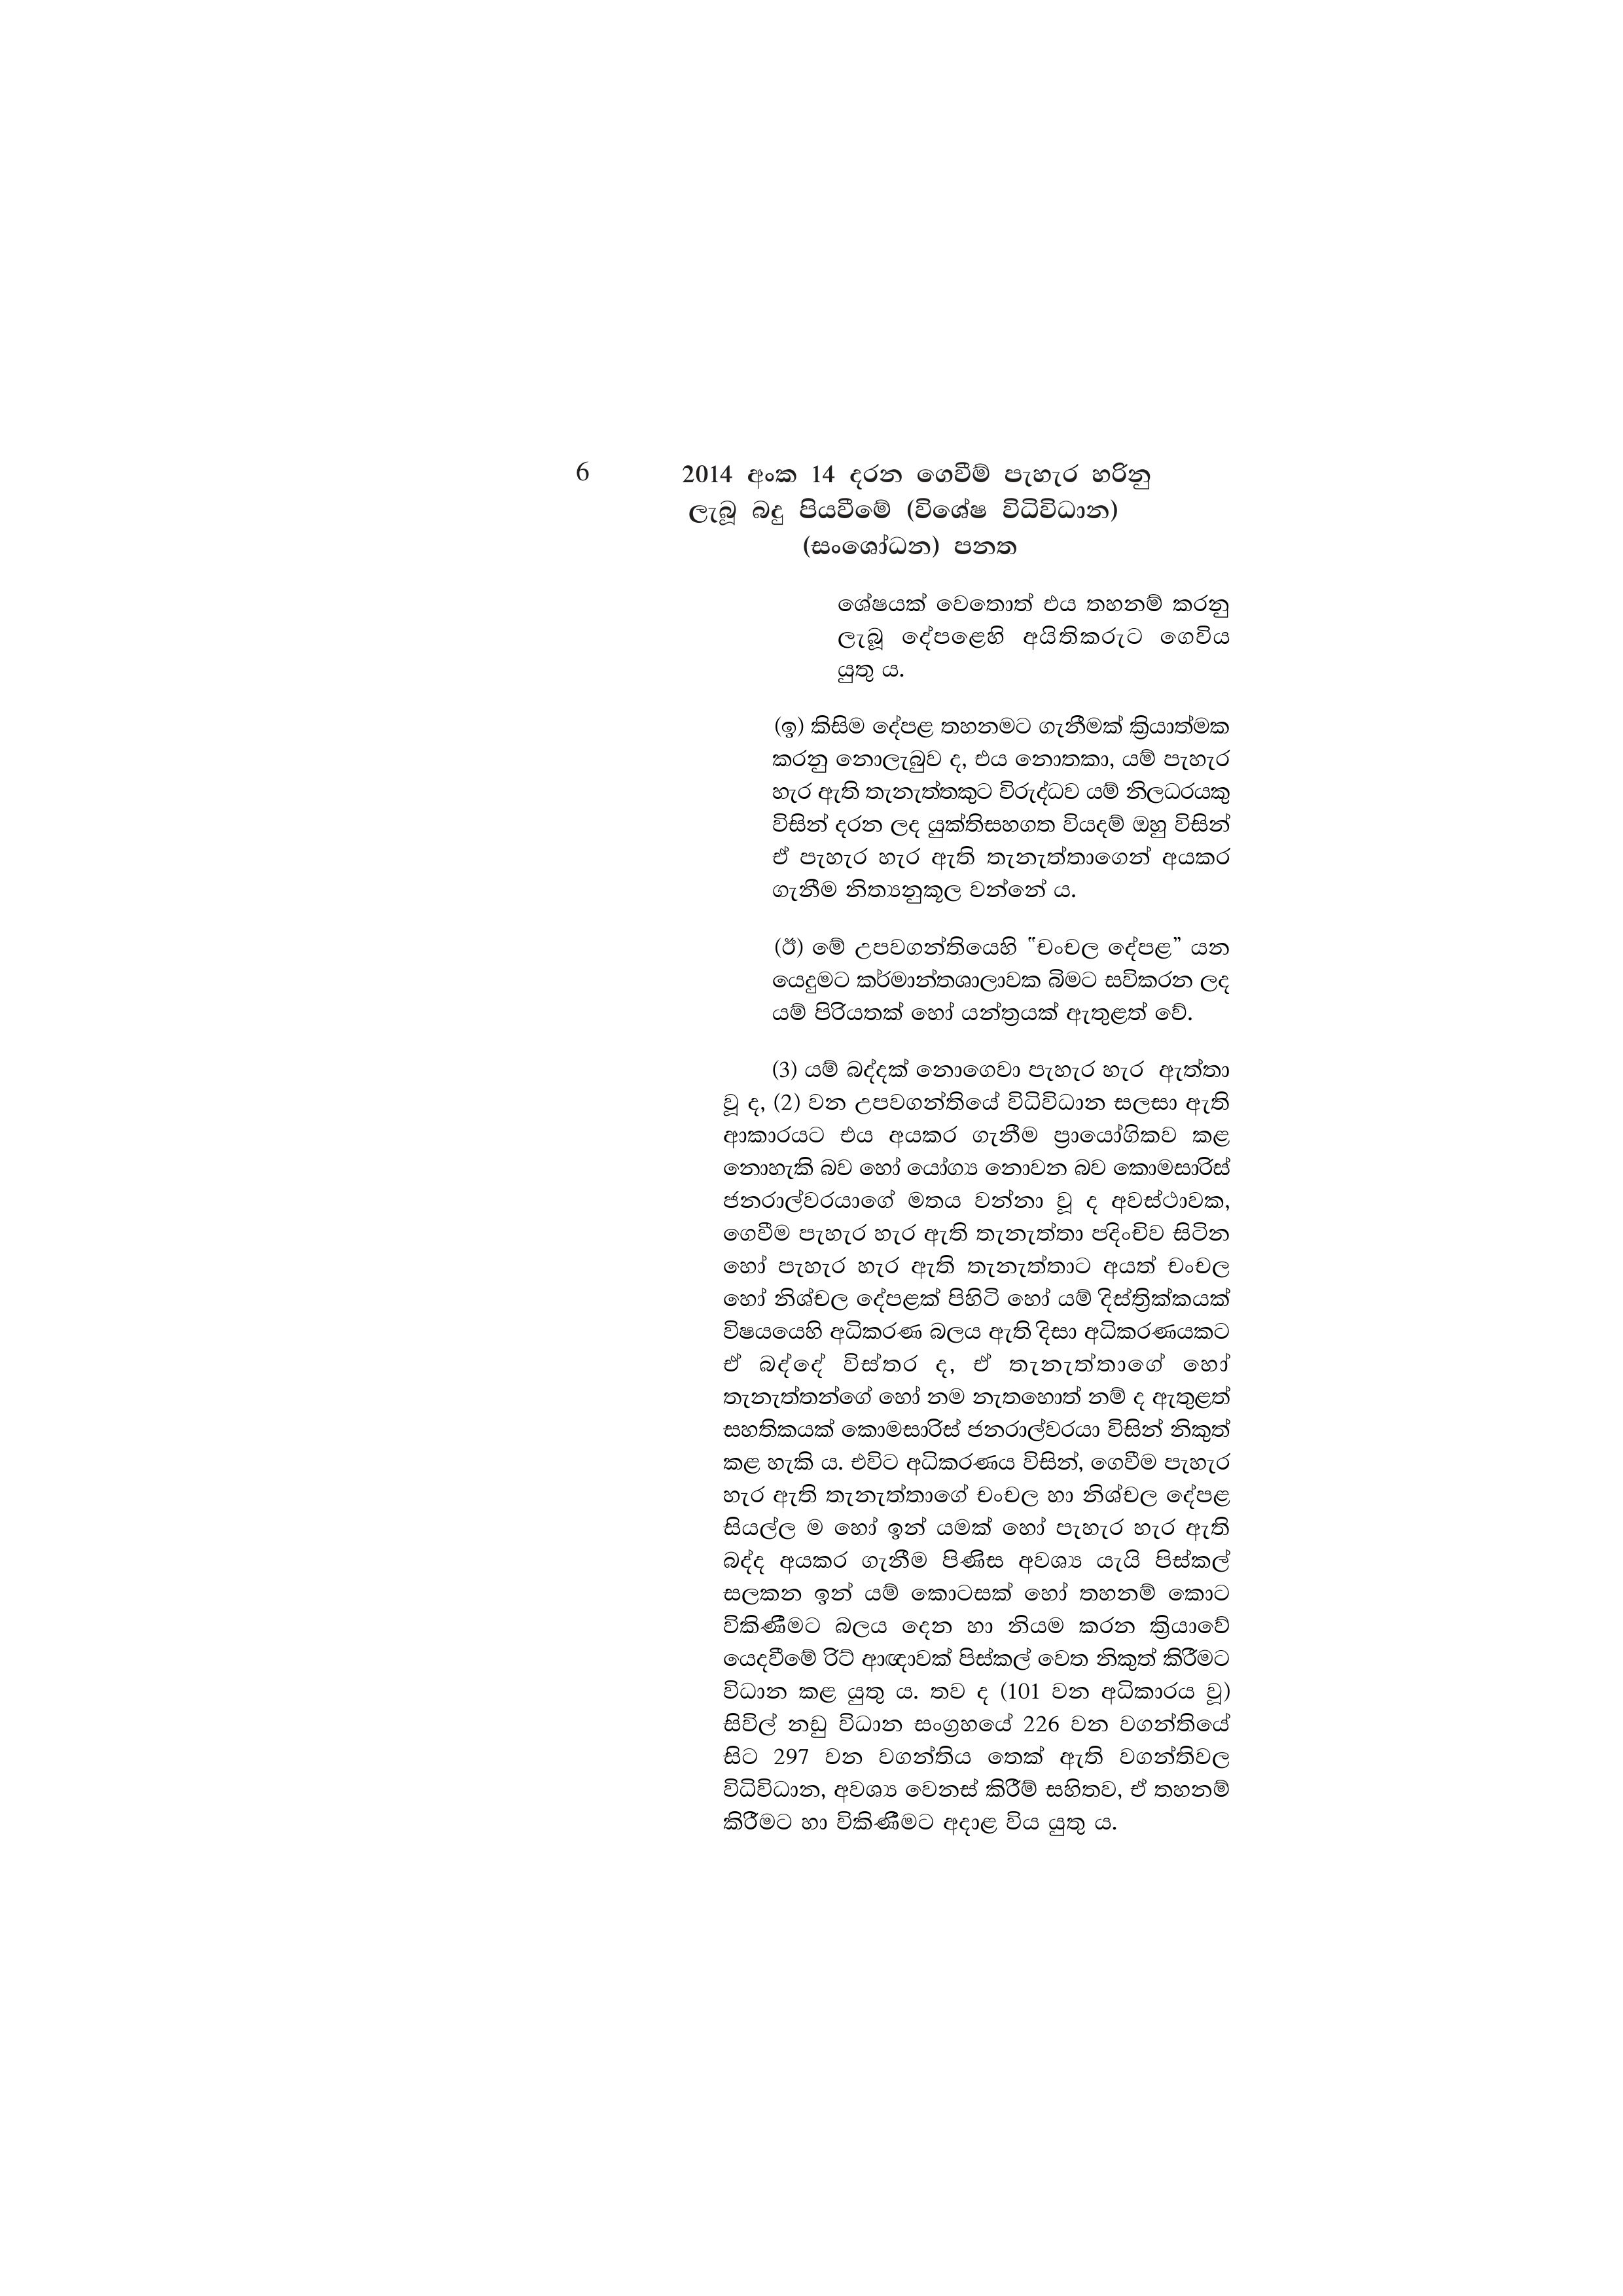
6 2014 අංක 14 දරන ගෙවීම් පැහැර හරිනු
ලැබූ බදු පියවීමේ (විශේෂ විධිවිධාන)
(සංශෝධන) පනත

ශේෂයක් වෙතොත් එය තහනම් කරනු
ලැබූ දේපළෙහි අයිතිකරුට ගෙවිය
යුතු ය.

(ඉ) කිසිම දේපළ තහනමට ගැනීමක් ක්‍රියාත්මක
කරනු නොලැබුව ද, එය නොතකා, යම් පැහැර
හැර ඇති තැනැත්තකුට විරුද්ධව යම් නිලධරයකු
විසින් දරන ලද යුක්තිසහගත වියදම් ඔහු විසින්
ඒ පැහැර හැර ඇති තැනැත්තාගෙන් අයකර
ගැනීම නිත්‍යනුකූල වන්නේ ය.

(ඊ) මේ උපවගන්තියෙහි "චංචල දේපළ” යන
යෙදුමට කර්මාන්තශාලාවක බිමට සවිකරන ලද
යම් පිරියතක් හෝ යන්ත්‍රයක් ඇතුළත් වේ.

(3) යම් බද්දක් නොගෙවා පැහැර හැර ඇත්තා
වූ ද, (2) වන උපවගන්තියේ විධිවිධාන සලසා ඇති
ආකාරයට එය අයකර ගැනීම ප්‍රායෝගිකව කළ
නොහැකි බව හෝ යෝග්‍ය නොවන බව කොමසාරිස්
ජනරාල්වරයාගේ මතය වන්නා වූ ද අවස්ථාවක,
ගෙවීම පැහැර හැර ඇති තැනැත්තා පදිංචිව සිටින
හෝ පැහැර හැර ඇති තැනැත්තාට අයත් චංචල
හෝ නිශ්චල දේපළක් පිහිටි හෝ යම් දිස්ත්‍රික්කයක්
විෂයයෙහි අධිකරණ බලය ඇති දිසා අධිකරණයකට
ඒ බද්දේ විස්තර ද, ඒ තැනැත්තාගේ හෝ
තැනැත්තන්ගේ හෝ නම නැතහොත් නම් ද ඇතුළත්
සහතිකයක් කොමසාරිස් ජනරාල්වරයා විසින් නිකුත්
කළ හැකි ය. එවිට අධිකරණය විසින්, ගෙවීම පැහැර
හැර ඇති තැනැත්තාගේ චංචල හා නිශ්චල දේපළ
සියල්ල ම හෝ ඉන් යමක් හෝ පැහැර හැර ඇති
බද්ද අයකර ගැනීම පිණිස අවශ්‍ය යැයි පිස්කල්
සලකන ඉන් යම් කොටසක් හෝ තහනම් කොට
විකිණීමට බලය දෙන හා නියම කරන ක්‍රියාවේ
යෙදවීමේ රිට් ආඥාවක් පිස්කල් වෙත නිකුත් කිරීමට
විධාන කළ යුතු ය. තව ද (101 වන අධිකාරය වූ)
සිවිල් නඩු විධාන සංග්‍රහයේ 226 වන වගන්තියේ
සිට 297 වන වගන්තිය තෙක් ඇති වගන්තිවල
විධිවිධාන, අවශ්‍ය වෙනස් කිරීම් සහිතව, ඒ තහනම්
කිරීමට හා විකිණීමට අදාළ විය යුතු ය.